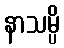
နာသမ္ပိ